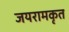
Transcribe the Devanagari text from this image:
जयरामकृत